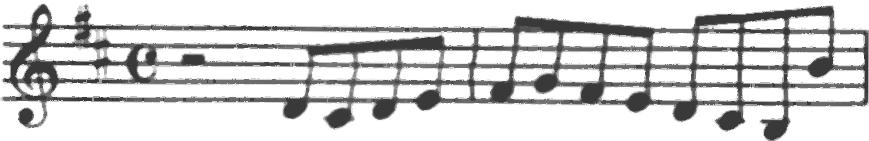
Transcription: clef-G2 keySignature-DM timeSignature-C rest-half note-D4_eighth note-C#4_eighth note-D4_eighth note-E4_eighth barline note-F#4_eighth note-G4_eighth note-F#4_eighth note-E4_eighth note-D4_eighth note-C#4_eighth note-B3_eighth note-B4_eighth barline